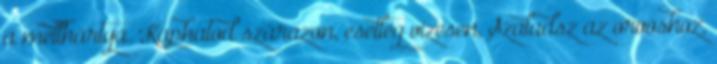
a mellhártya. Kaphatod szárazon, esetleg vizesen, Szaladsz az orvoshoz,